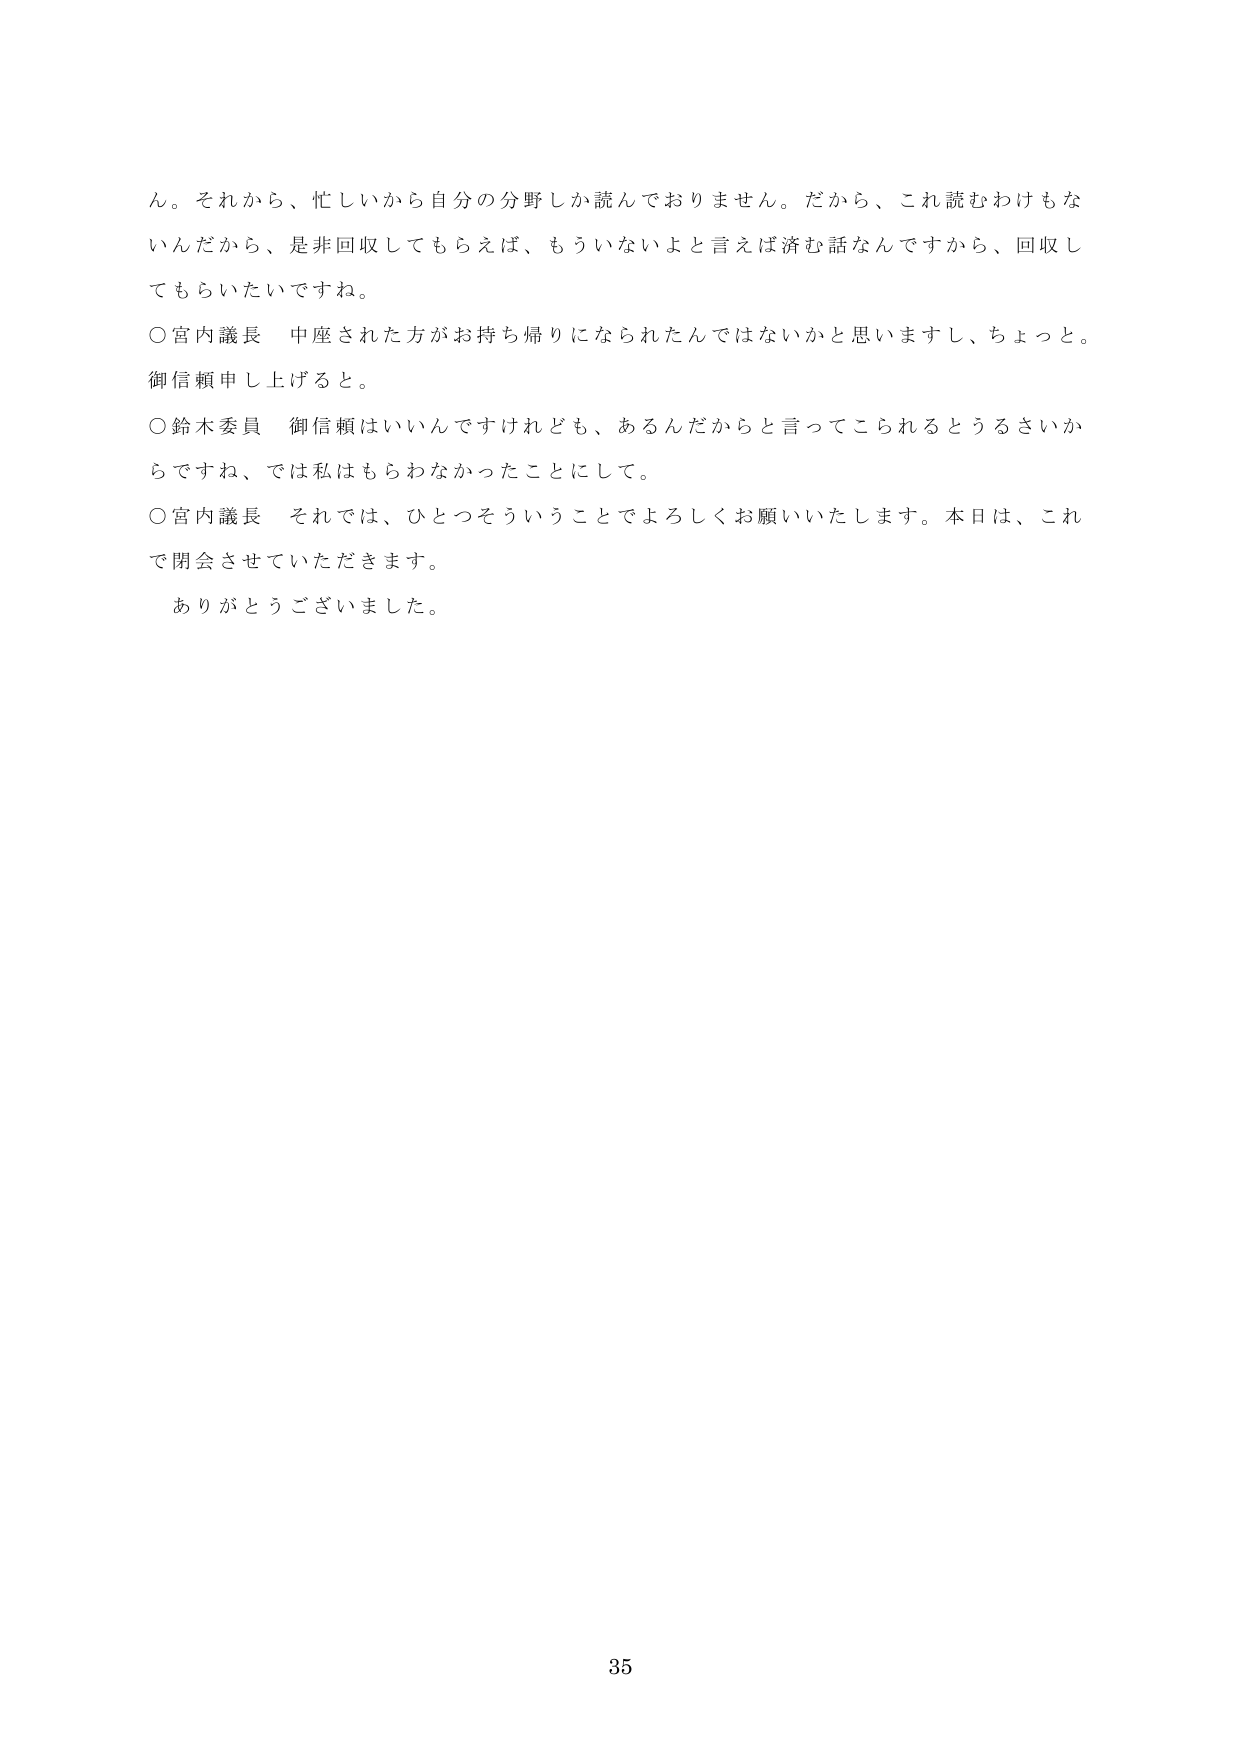
ん。それから、忙しいから自分の分野しか読んでおりません。だから、これ読むわけもないんだから、是非回収してもらえば、もういないよと言えば済む話なんですから、回収してもらいたいですね。

○宮内議長　中座された方がお持ち帰りになられたんではないかと思いますし、ちょっと。御信頼申し上げると。

○鈴木委員　御信頼はいいんですけれども、あるんだからと言ってこられるとうるさいからですね、では私はもらわなかったことにして。

○宮内議長　それでは、ひとつそういうことでよろしくお願いいたします。本日は、これで閉会させていただきます。

ありがとうございました。

35